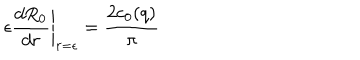
\epsilon \left. { \frac { d R _ { 0 } } { d r } } \right| _ { r = \epsilon } = { \frac { 2 c _ { 0 } ( q ) } { \pi } }